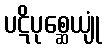
ပဋိပုစ္ဆေယျုံ